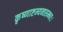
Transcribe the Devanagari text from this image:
कृष्णाष्टम्यन्तसम्भवः।